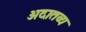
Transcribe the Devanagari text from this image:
अदातव्य